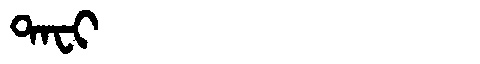
Manchu: ᡨᠠᠸᡳ
Romanization: TAFI